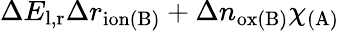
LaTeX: \Delta E_{\mathrm{l,r}}\Delta r_{\mathrm{ion(B)}}+\Delta n_{\mathrm{ox(B)}}\chi_{\mathrm{(A)}}